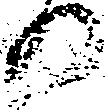
可